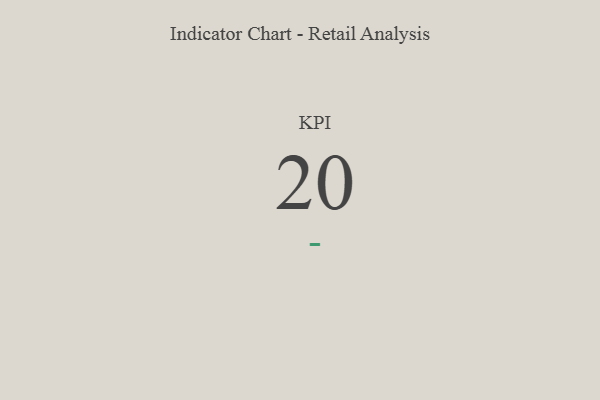
{"axis": {"x": "KPI", "y": "Value"}, "legend": [""], "data": [{"x": "KPI", "y": 20, "type": ""}]}